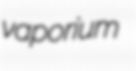
vaporium